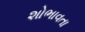
શોભાવતા